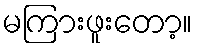
မကြားဖူးတော့။